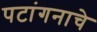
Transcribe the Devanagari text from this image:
पटांगनाचे